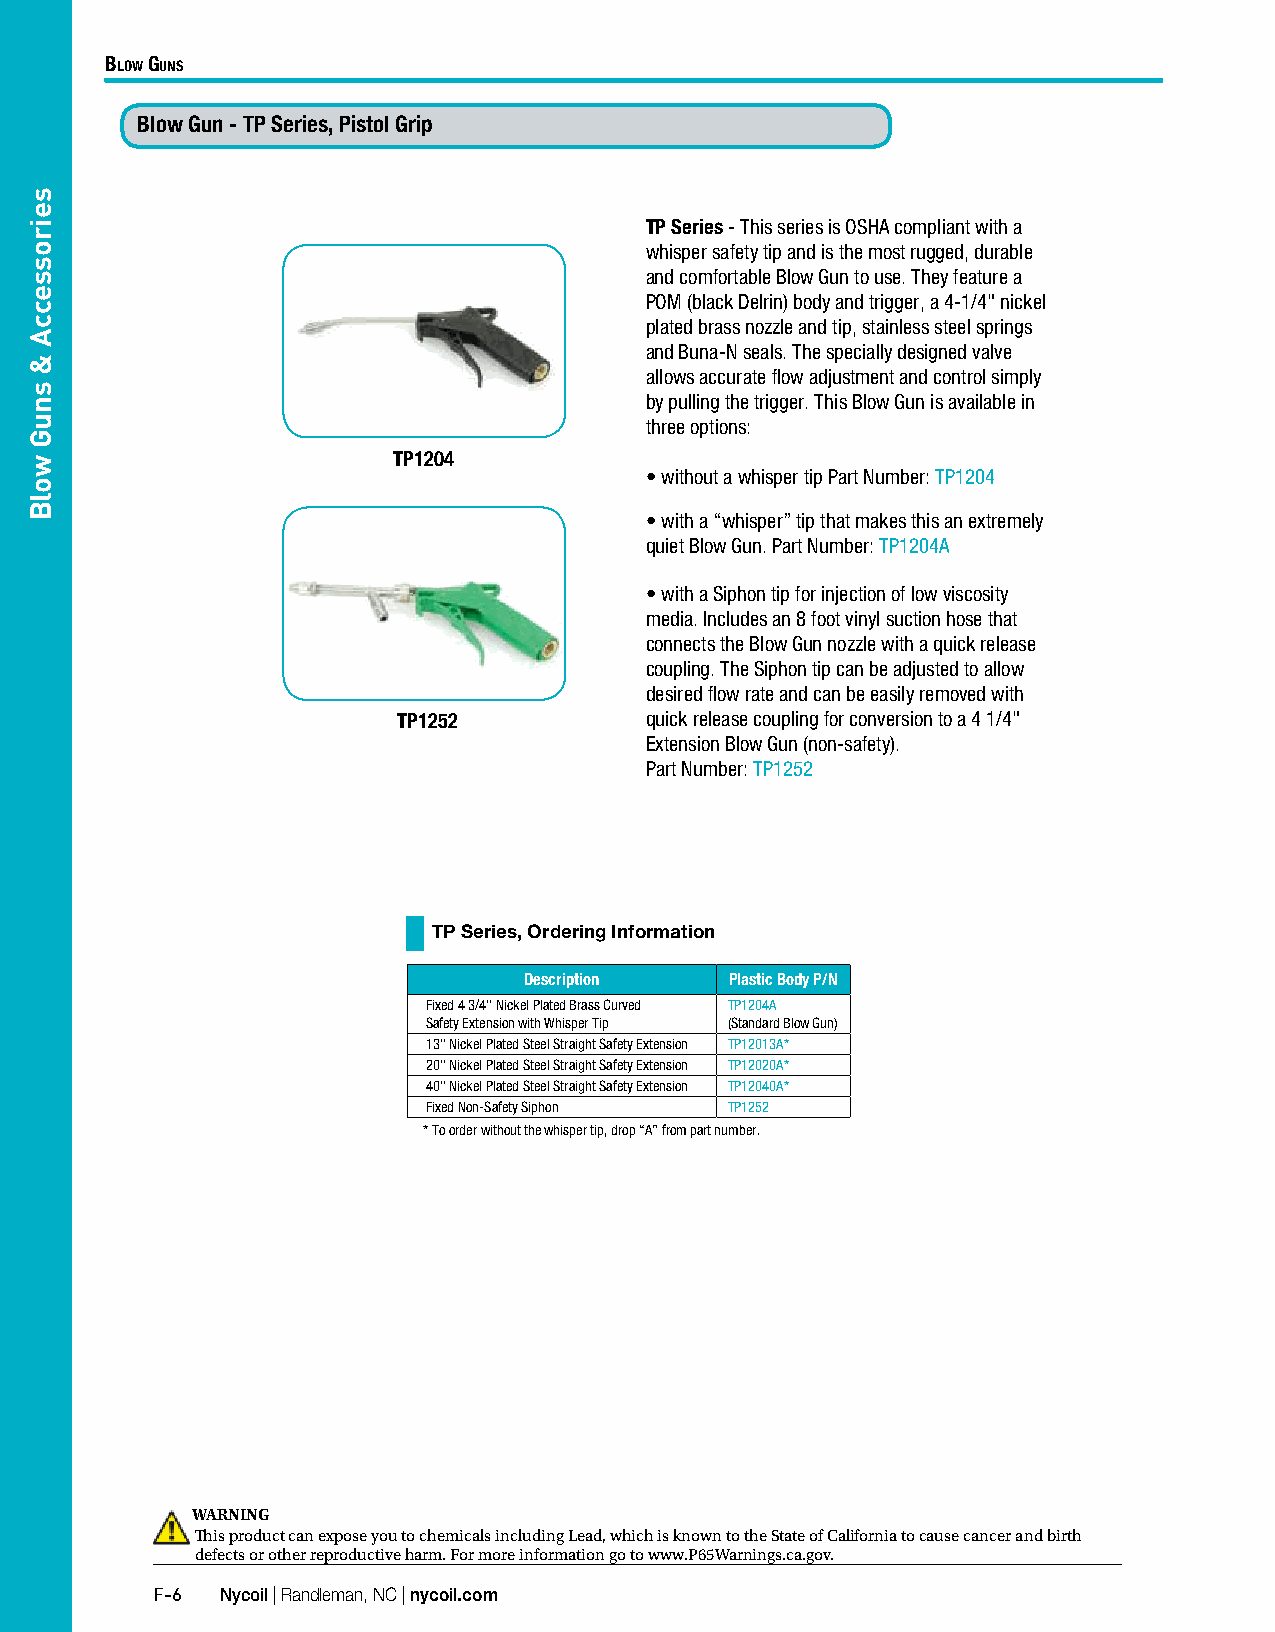
Blow Guns
 Blow Gun - TP Series, Pistol Grip
 TP Series - This series is OSHA compliant with a
 whisper safety tip and is the most rugged, durable
 and comfortable Blow Gun to use. They feature a
 POM (black Delrin) body and trigger, a 4-1/4" nickel
 plated brass nozzle and tip, stainless steel springs
 and Buna-N seals. The specially designed valve
 allows accurate flow adjustment and control simply
 by pulling the trigger. This Blow Gun is available in
 three options:
 TP1204
 • without a whisper tip Part Number: TP1204
 • with a “whisper” tip that makes this an extremely
 quiet Blow Gun. Part Number: TP1204A
 • with a Siphon tip for injection of low viscosity
 media. Includes an 8 foot vinyl suction hose that
 connects the Blow Gun nozzle with a quick release
 coupling. The Siphon tip can be adjusted to allow
 desired flow rate and can be easily removed with
 TP1252           quick release coupling for conversion to a 4 1/4"
 Extension Blow Gun (non-safety).
 Part Number: TP1252
 TP Series, Ordering Information
 Description  Plastic Body P/N
 Fixed 4 3/4" Nickel Plated Brass Curved TP1204A
 Safety Extension with Whisper Tip (Standard Blow Gun)
 13" Nickel Plated Steel Straight Safety Extension TP12013A*
 20" Nickel Plated Steel Straight Safety Extension TP12020A*
 40" Nickel Plated Steel Straight Safety Extension TP12040A*
 Fixed Non-Safety Siphon TP1252
 * To order without the whisper tip, drop “A” from part number.
 WARNING
 This product can expose you to chemicals including Lead, which is known to the State of California to cause cancer and birth
 defects or other reproductive harm. For more information go to www.P65Warnings.ca.gov.
 F-6  Nycoil | Randleman, NC | nycoil.com
 seirosseccA
 &
 snuG
 wolB